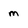
Character: m